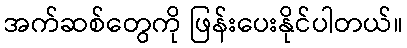
အက်ဆစ်တွေကို ဖြန်းပေးနိုင်ပါတယ်။